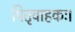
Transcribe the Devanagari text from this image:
पितृवाहकः।